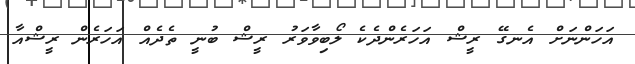
އަހަންނަށް އެނގޭ ރީޝް އަހަރެންދެކެ ލޯބިވާވަރު ރީޝް ބުނީ ތެދެއް އަހަރެން ރީޝްއާ